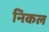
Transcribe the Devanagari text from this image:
निकल